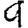
Digit: 9